65_HS1-834228961_62-HQ-83894_SUB_A
Agency: FBI
Page 85
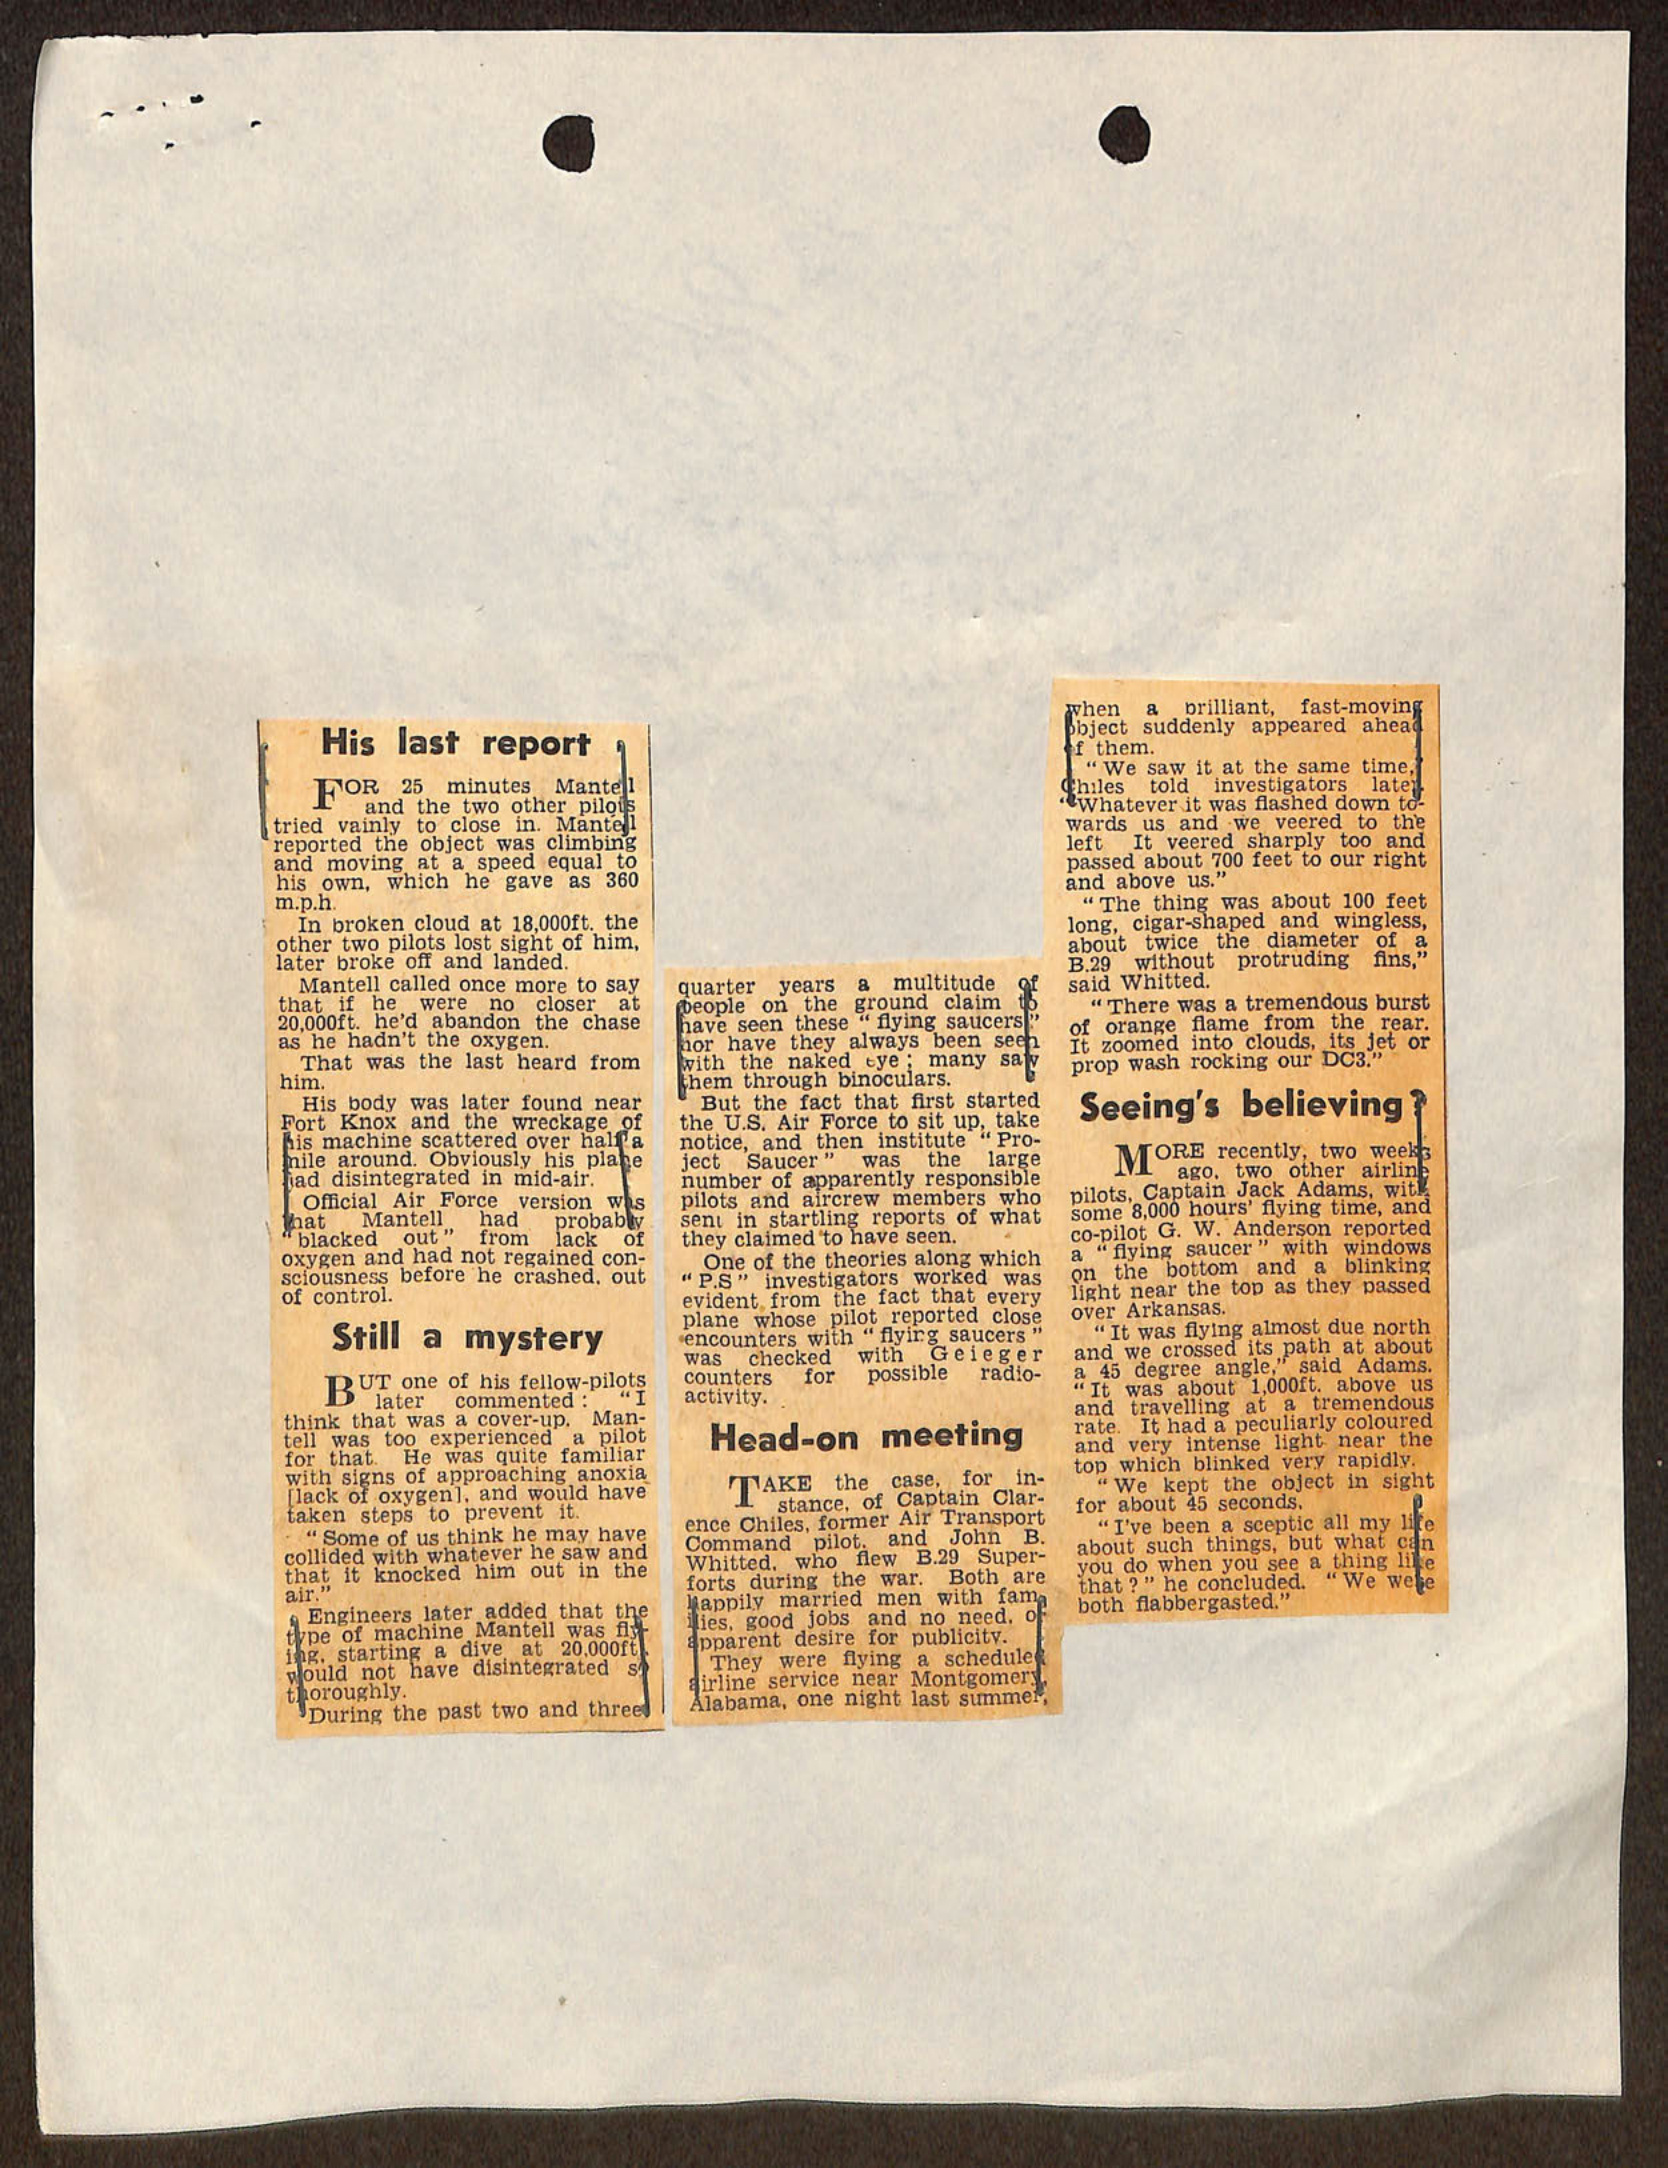